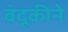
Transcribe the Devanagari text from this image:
बंदूकीने